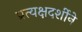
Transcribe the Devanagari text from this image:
प्रत्यक्षदर्शीने